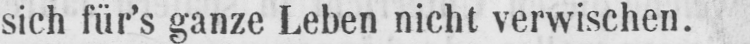
sich für’s ganze Leben nicht verwischen.